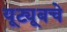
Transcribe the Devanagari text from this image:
यूट्यूबचे